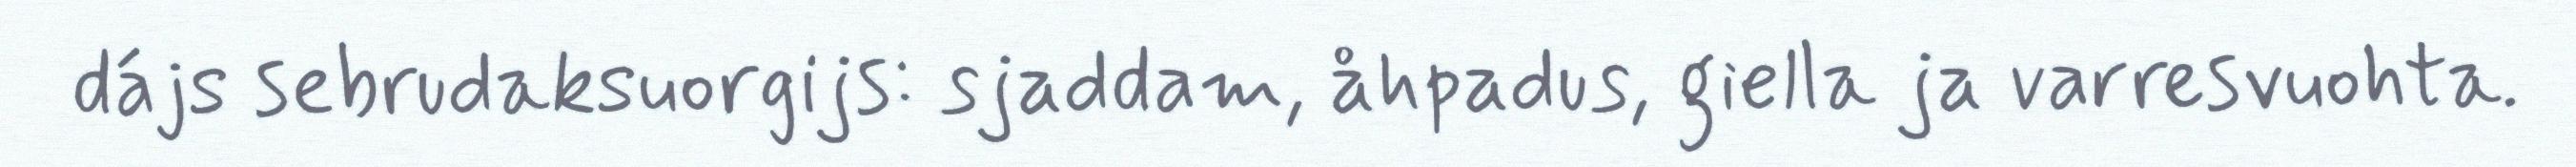
dájs sebrudaksuorgijs: sjaddam, åhpadus, giella ja varresvuohta.